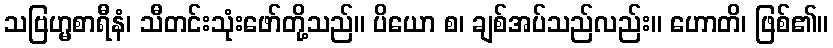
သဗြဟ္မစာရီနံ၊ သီတင်းသုံးဖော်တို့သည်။ ပိယော စ၊ ချစ်အပ်သည်လည်း။ ဟောတိ၊ ဖြစ်၏။